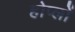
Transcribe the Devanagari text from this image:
होप्लों